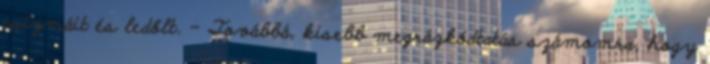
csizmáit és ledőlt. – Továbbá, kisebb megrázkódtatás számomra, hogy